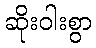
ဆိုးဝါးစွာ